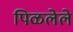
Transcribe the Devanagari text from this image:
पिळलेले